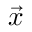
~ { \vec { x } }